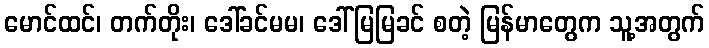
မောင်ထင်၊ တက်တိုး၊ ဒေါ်ခင်မမ၊ ဒေါ်မြမြခင် စတဲ့ မြန်မာတွေက သူ့အတွက်